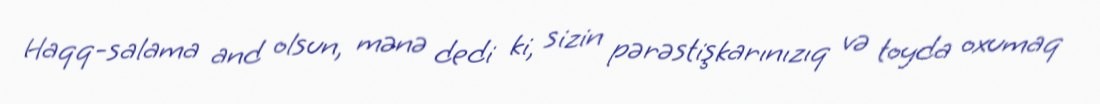
Haqq-salama and olsun, mənə dedi ki, sizin pərəstişkarınızıq və toyda oxumaq